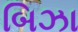
બિઝા